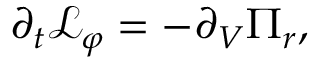
\partial _ { t } \mathcal { L } _ { \varphi } = - \partial _ { V } \Pi _ { r } ,